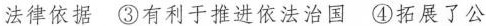
法律依据③有利于推进依法治国④拓展了公